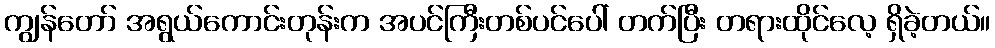
ကျွန်တော် အရွယ်ကောင်းတုန်းက အပင်ကြီးတစ်ပင်ပေါ် တက်ပြီး တရားထိုင်လေ့ ရှိခဲ့တယ်။